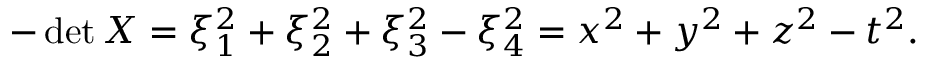
- \operatorname* { d e t } X = \xi _ { 1 } ^ { 2 } + \xi _ { 2 } ^ { 2 } + \xi _ { 3 } ^ { 2 } - \xi _ { 4 } ^ { 2 } = x ^ { 2 } + y ^ { 2 } + z ^ { 2 } - t ^ { 2 } .